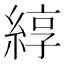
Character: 綧